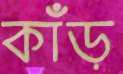
কাঁড়